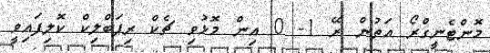
މޮންޓެނީގްރޯ އަތުން ރޭ 1- 0 އިން މޮޅުވި ޗެކް ރިޕަބްލިކް ކޮލިފައިވީ